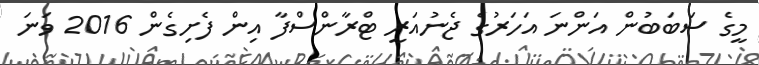
މީގެ ސަބަބުން އަންނަ އަހަރުގެ ޖެނުއަރީ ޓްރާންސްފާ އިން ފެށިގެން 2016 ވަނަ